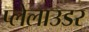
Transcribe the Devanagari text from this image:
प्लेलाउडर